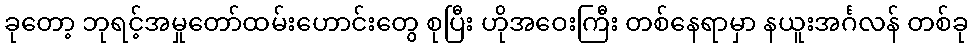
ခုတော့ ဘုရင့်အမှုတော်ထမ်းဟောင်းတွေ စုပြီး ဟိုအဝေးကြီး တစ်နေရာမှာ နယူးအင်္ဂလန် တစ်ခု